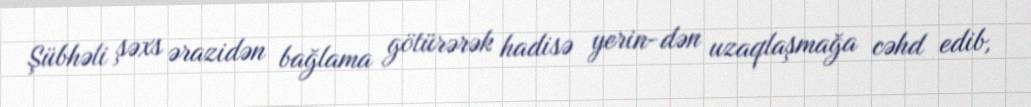
Şübhəli şəxs ərazidən bağlama götürərək hadisə yerin­dən uzaqlaşmağa cəhd edib,